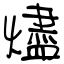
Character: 燼